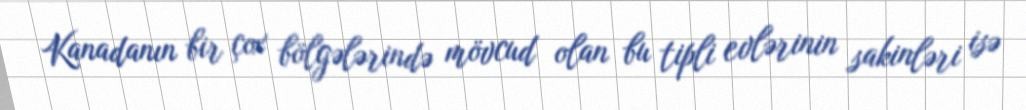
Kanadanın bir çox bölgələrində mövcud olan bu tipli evlərinin sakinləri isə